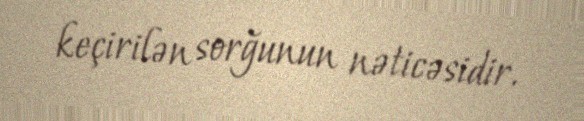
keçirilən sorğunun nəticəsidir.